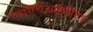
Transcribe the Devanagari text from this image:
एचएचआईटीएए